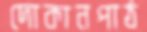
দোকানপাঠ